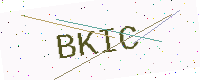
Text: BKIC